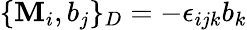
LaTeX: \{ \mathbf{M}_{i},b_{j}\} _{D}=-\epsilon_{ijk}b_{k}